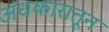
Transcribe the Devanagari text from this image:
अंधकारातून